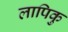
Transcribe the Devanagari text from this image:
लापिकु